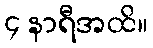
၄ နာရီအထိ။